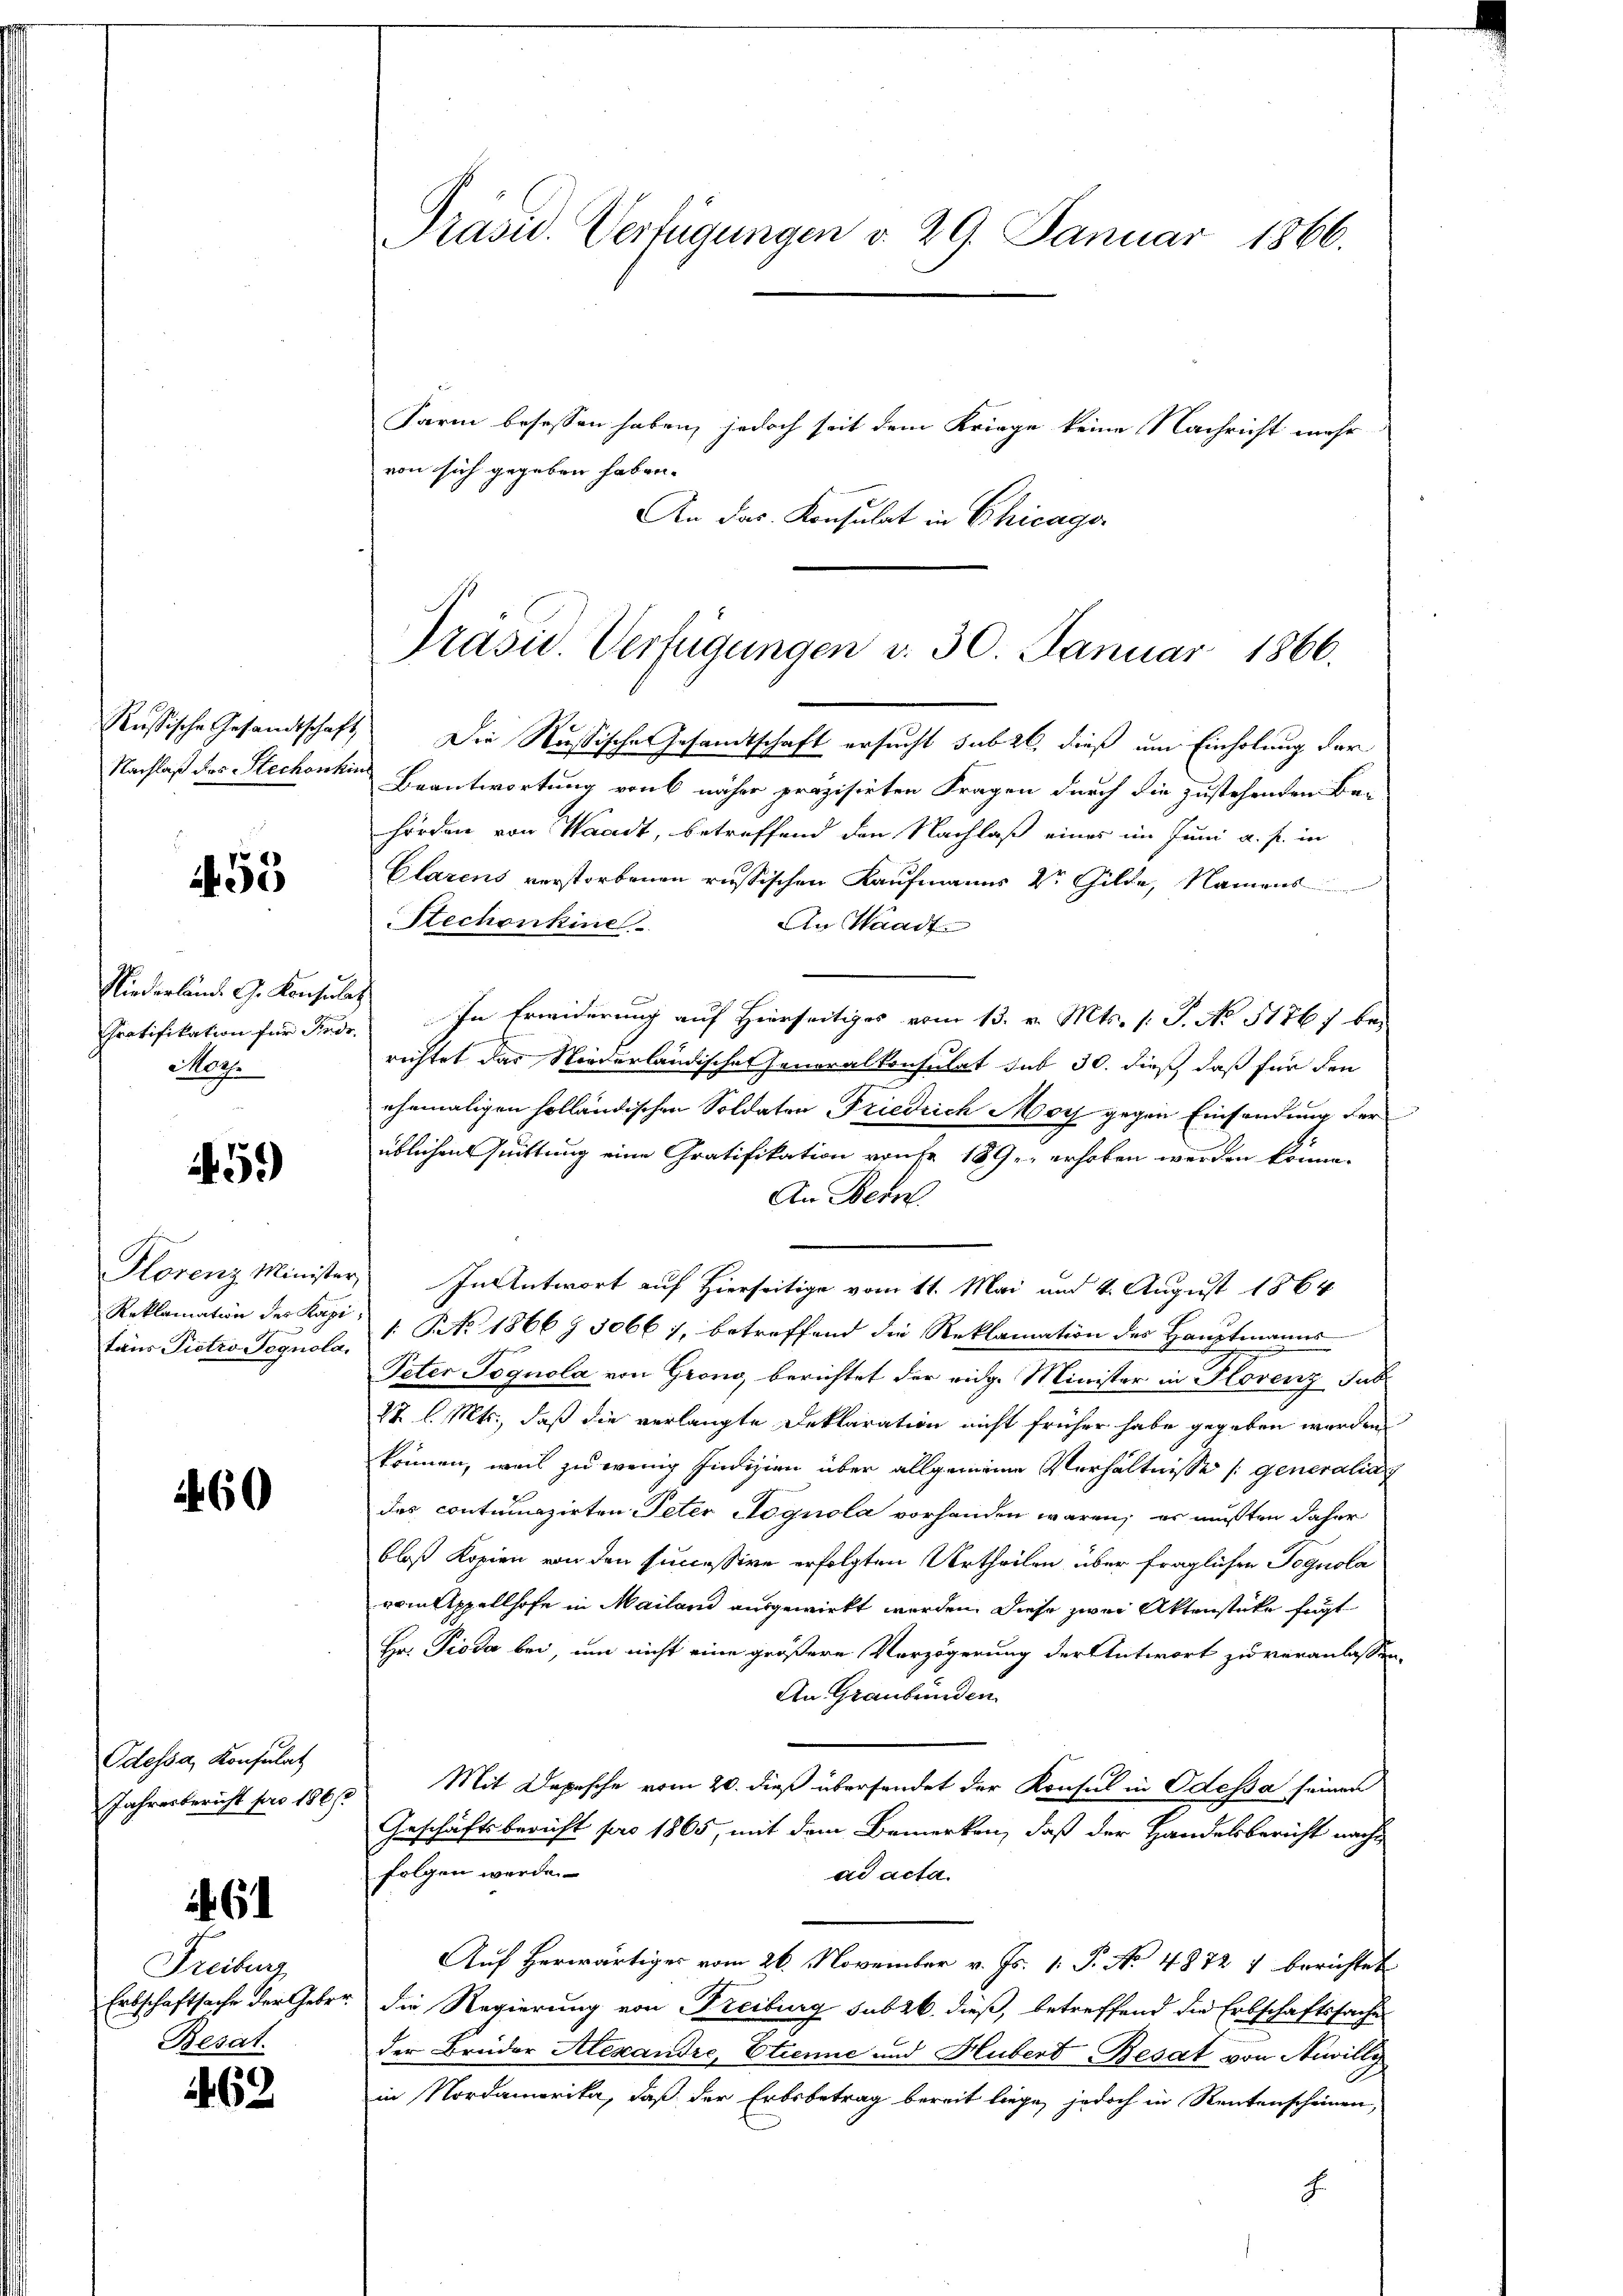
Russische Gesandtschaft
Nachlaß des Stechenhin

450

Niederland. G. Konsulat
Gratifikation für Fede
Mog.

1459)

Florenz Minister
Reklamation des Kapitaus Pietro Pognola.

160

Odessa, Konsulat
Jahresbericht pro 1861

61

Freiburg
Erbschaftsache der Geber¬
Besat.

462

Präsid.. Verfügungen d. 29. Januar 1866.

Präsid. Verfügungen d. 30. Januar 1866.

Farm besessen haben, jedoch seit dem Kriege keine Nachricht mehr
von sich gegeben haben.
An das Konsulat in Chicago
Die Russische Gesamtschaft ersucht sub 26, dieß um Einholung der
Beantwortung von 6 näher präzisirten Fragen durch die zustehenden Be-
hörden von Waadt, betreffend den Nachlaß eines im Juni a. f. in
Clarens verstorbenen russischen Kaufmanns der Gilde, Namens
Stechenkine
An Waadt
In Erwiderung auf Hierseitiges vom 13. v. Mts. (: P. No 5176) bei
richtet das Niederländische Generalkonsulat sub 30. dieß, daß für den
ehemaligen holländischen Soldaten Friedrich Moy gegen Einsendung der
üblichen Quittung eine Gratifikation von fr. 189 erhoben werden könne.
An Bern.
In Antwort auf Hierseitige vom 11. Mai und 4. August 1864
1: Art. 1866 § 3066), betreffend die Reklamation des Hauptmanns
Peter Jognola von Grono, berichtet der eidg. Minister in Florenz sub
27 l. Mts., daß die verlangte Deklaration nicht früher habe gegeben worden
können, weil zu wenig Indizien über allgemeine Verhältnisse (generalia
des contumazirten Peter Aognola vorhanden wären, er mußten daher
bloß Kopien von den successive erfolgten Urtheilen, über fraglichen Tognola
vom Appellhofe in Mailand ausgewirkt worden. Diese zwei Aktenstüke fügt
Hr. Pioda bei, um nicht eine größere Verzögerung der Antwort zu veranlassen,
An Graubünden
Mit Depesche vom 20. dieß übersendet der Konsul in Odessa seinen
Geschäftsbericht pro 1865, mit dem Bemerken, daß der Handelsbericht nach
folgen werde.
ad acta.
Auf herwärtiges vom 26. November v. Js. 1. P. No 48727 berichtet
die Regierung von Freiburg sub 26 dieß, betreffend die Erbschaftssache
der Brüder Alexandre, Etienne und Hubert Besat von Niwilly
in Nordamerika, daß der Erbsbetrag bereit liege, jedoch in Rentenscheinen,
8

¬